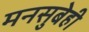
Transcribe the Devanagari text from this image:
मनसुबेही